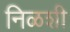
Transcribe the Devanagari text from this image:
निळशी